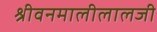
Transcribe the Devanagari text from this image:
श्रीवनमालीलालजी